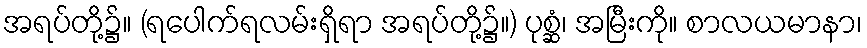
အရပ်တို့၌။ (ရပေါက်ရလမ်းရှိရာ အရပ်တို့၌။) ပုစ္ဆံ၊ အမြီးကို။ စာလယမာနာ၊